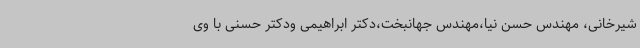
شیرخانی، مهندس حسن نیا،مهندس جهانبخت،دکتر ابراهیمی ودکتر حسنی با وی